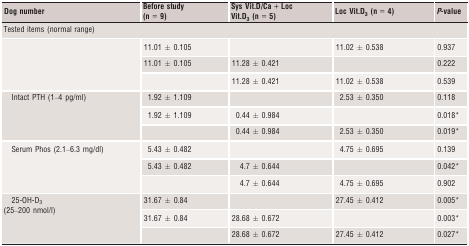
<table><thead><tr><td><b>Dog number</b></td><td><b>Before study (n = 9)</b></td><td><b>Sys Vit.D/Ca + Loc Vit.D<sub>3</sub> (n = 5)</b></td><td><b>Loc Vit.D<sub>3</sub> (n = 4)</b></td><td><b><i>P</i>-value</b></td></tr></thead><tbody><tr><td colspan="5">Tested items (normal range)</td></tr><tr><td></td><td>11.01 ± 0.105</td><td></td><td>11.02 ± 0.538</td><td>0.937</td></tr><tr><td></td><td>11.01 ± 0.105</td><td>11.28 ± 0.421</td><td></td><td>0.222</td></tr><tr><td></td><td></td><td>11.28 ± 0.421</td><td>11.02 ± 0.538</td><td>0.539</td></tr><tr><td rowspan="3"> Intact PTH (1–4 pg/ml)</td><td>1.92 ± 1.109</td><td></td><td>2.53 ± 0.350</td><td>0.118</td></tr><tr><td>1.92 ± 1.109</td><td>0.44 ± 0.984</td><td></td><td>0.018*</td></tr><tr><td></td><td>0.44 ± 0.984</td><td>2.53 ± 0.350</td><td>0.019*</td></tr><tr><td rowspan="3"> Serum Phos (2.1–6.3 mg/dl)</td><td>5.43 ± 0.482</td><td></td><td>4.75 ± 0.695</td><td>0.139</td></tr><tr><td>5.43 ± 0.482</td><td>4.7 ± 0.644</td><td></td><td>0.042*</td></tr><tr><td></td><td>4.7 ± 0.644</td><td>4.75 ± 0.695</td><td>0.902</td></tr><tr><td rowspan="3">25-OH-D<sub>3</sub> (25–200 nmol/l)</td><td>31.67 ± 0.84</td><td></td><td>27.45 ± 0.412</td><td>0.005*</td></tr><tr><td>31.67 ± 0.84</td><td>28.68 ± 0.672</td><td></td><td>0.003*</td></tr><tr><td></td><td>28.68 ± 0.672</td><td>27.45 ± 0.412</td><td>0.027*</td></tr></tbody></table>